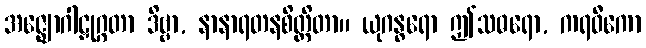
အဇ္ဈောဂါဠှုဂ္ဂတာ ဒိဗ္ဗာ, နာနာရတနစိတ္တိတာ။ ယုဂန္ဓရော ဤသဓရော, ကရဝီကော